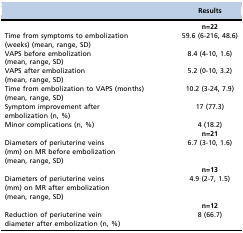
<table><thead><tr><td>[EMPTY_CELL]</td><td><b>Results</b></td></tr></thead><tbody><tr><td>[EMPTY_CELL]</td><td><b>n=22</b></td></tr><tr><td>Time from symptoms to embolization (weeks) (mean, range, SD)</td><td>59.6 (6-216, 48.6)</td></tr><tr><td>VAPS before embolization (mean, range, SD)</td><td>8.4 (4-10, 1.6)</td></tr><tr><td>VAPS after embolization (mean, range, SD)</td><td>5.2 (0-10, 3.2)</td></tr><tr><td>Time from embolization to VAPS (months) (mean, range, SD)</td><td>10.2 (3-24, 7.9)</td></tr><tr><td>Symptom improvement after embolization (n, %)</td><td>17 (77.3)</td></tr><tr><td>Minor complications (n, %)</td><td>4 (18.2)</td></tr><tr><td>[EMPTY_CELL]</td><td><b>n=21</b></td></tr><tr><td>Diameters of periuterine veins (mm) on MR before embolization (mean, range, SD)</td><td>6.7 (3-10, 1.6)</td></tr><tr><td>[EMPTY_CELL]</td><td><b>n=13</b></td></tr><tr><td>Diameters of periuterine veins (mm) on MR after embolization (mean, range, SD)</td><td>4.9 (2-7, 1.5)</td></tr><tr><td>[EMPTY_CELL]</td><td><b>n=12</b></td></tr><tr><td>Reduction of periuterine vein diameter after embolization (n, %)</td><td>8 (66.7)</td></tr></tbody></table>